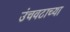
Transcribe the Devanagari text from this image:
उंचवटाच्या